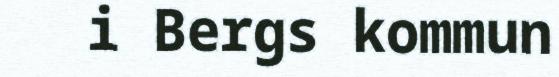
i Bergs kommun